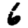
Digit: 6